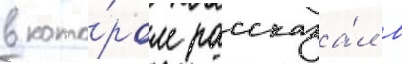
в кото́ром рассказа́л в